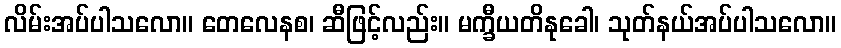
လိမ်းအပ်ပါသလော။ တေလေနစ၊ ဆီဖြင့်လည်း။ မက္ခီယတိနုခေါ၊ သုတ်နယ်အပ်ပါသလော။